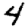
Digit: 4